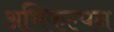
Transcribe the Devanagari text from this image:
अभिकल्‍पन